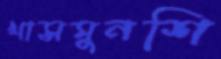
খাসমুনশি